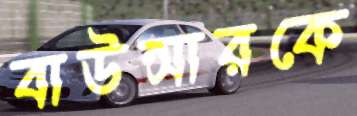
বাউন্সারকে